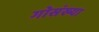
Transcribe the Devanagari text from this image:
गोसंख्या